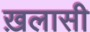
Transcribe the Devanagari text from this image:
ख़लासी